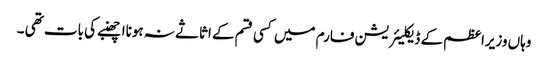
وہاں وزیراعظم کے ڈیکلیئریشن فارم میں کسی قسم کے اثاثے نہ ہونااچھنبے کی بات تھی ۔